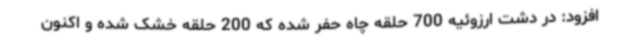
افزود: در دشت ارزوئیه 700 حلقه چاه حفر شده که 200 حلقه خشک شده و اکنون